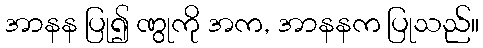
အာနန ပြု၍ ဏွုကို အက, အာနနက ပြုသည်။